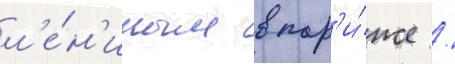
л'е́н'иным в пар'и́же /